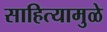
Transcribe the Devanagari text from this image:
साहित्यामुळे